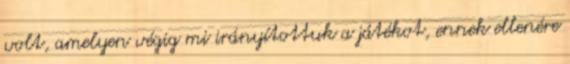
volt, amelyen végig mi irányítottuk a játékot, ennek ellenére